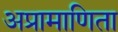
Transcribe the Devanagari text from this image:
अप्रामाणिता